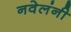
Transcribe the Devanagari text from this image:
नवेलंनी